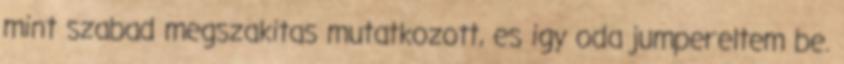
mint szabad megszakitas mutatkozott, es igy oda jumpereltem be.